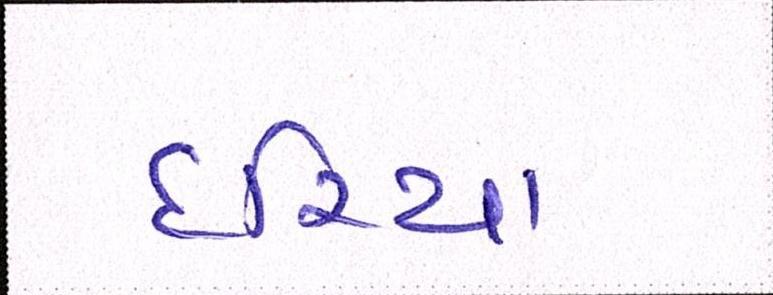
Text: દરિયા